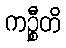
ကဉ္စီတိ